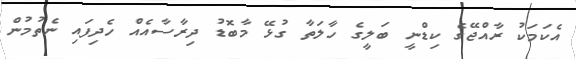
އެކަމަކު ރާއްޖޭގެ ކިޑްނީ ބަލީގެ ހާލަތާ ގުޅޭ މާބޮޑު ދިރާސާއެއް ހެދިފައި ނެތުމުން